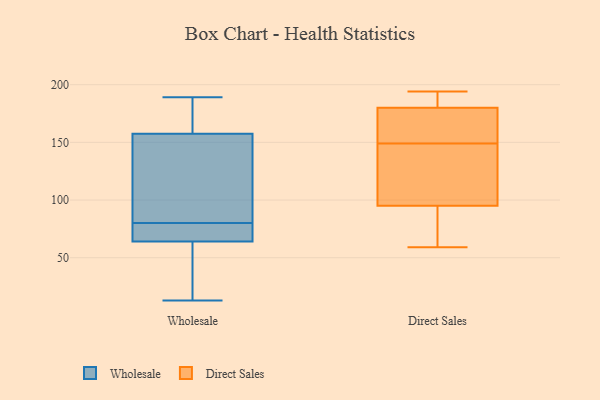
{"axis": {"x": "Headcount", "y": "Value"}, "legend": ["Direct Sales", "Wholesale"], "data": [{"x": "", "y": 153, "type": "Wholesale"}, {"x": "", "y": 80, "type": "Wholesale"}, {"x": "", "y": 74, "type": "Wholesale"}, {"x": "", "y": 65, "type": "Wholesale"}, {"x": "", "y": 171, "type": "Wholesale"}, {"x": "", "y": 129, "type": "Wholesale"}, {"x": "", "y": 184, "type": "Wholesale"}, {"x": "", "y": 69, "type": "Wholesale"}, {"x": "", "y": 61, "type": "Wholesale"}, {"x": "", "y": 74, "type": "Wholesale"}, {"x": "", "y": 47, "type": "Wholesale"}, {"x": "", "y": 13, "type": "Wholesale"}, {"x": "", "y": 88, "type": "Wholesale"}, {"x": "", "y": 84, "type": "Wholesale"}, {"x": "", "y": 173, "type": "Wholesale"}, {"x": "", "y": 189, "type": "Wholesale"}, {"x": "", "y": 39, "type": "Wholesale"}, {"x": "", "y": 160, "type": "Direct Sales"}, {"x": "", "y": 153, "type": "Direct Sales"}, {"x": "", "y": 74, "type": "Direct Sales"}, {"x": "", "y": 183, "type": "Direct Sales"}, {"x": "", "y": 59, "type": "Direct Sales"}, {"x": "", "y": 145, "type": "Direct Sales"}, {"x": "", "y": 103, "type": "Direct Sales"}, {"x": "", "y": 194, "type": "Direct Sales"}, {"x": "", "y": 180, "type": "Direct Sales"}, {"x": "", "y": 95, "type": "Direct Sales"}]}